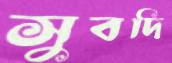
সুবদি